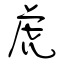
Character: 虎